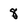
Character: 8